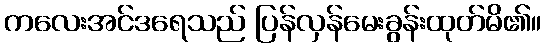
ကလေးအင်ဒရေသည် ပြန်လှန်မေးခွန်းထုတ်မိ၏။